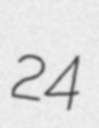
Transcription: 24